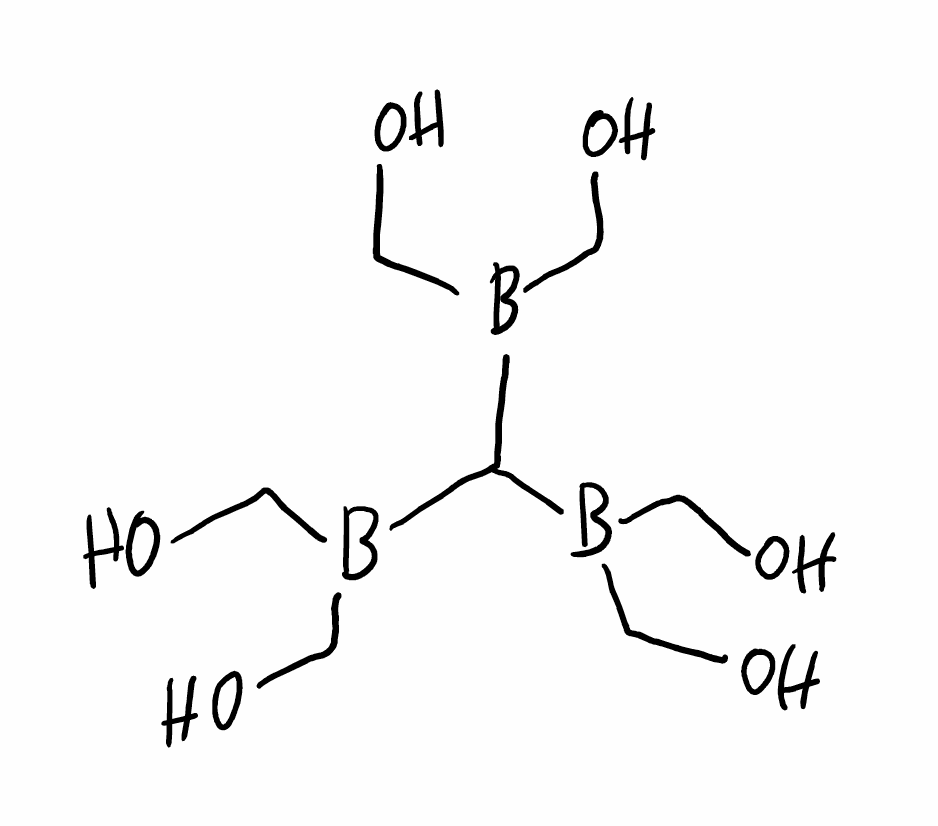
Simplified molecular-input line-entry system (SMILES) notation of the given molecule:
B(CO)(CO)C(B(CO)CO)B(CO)CO